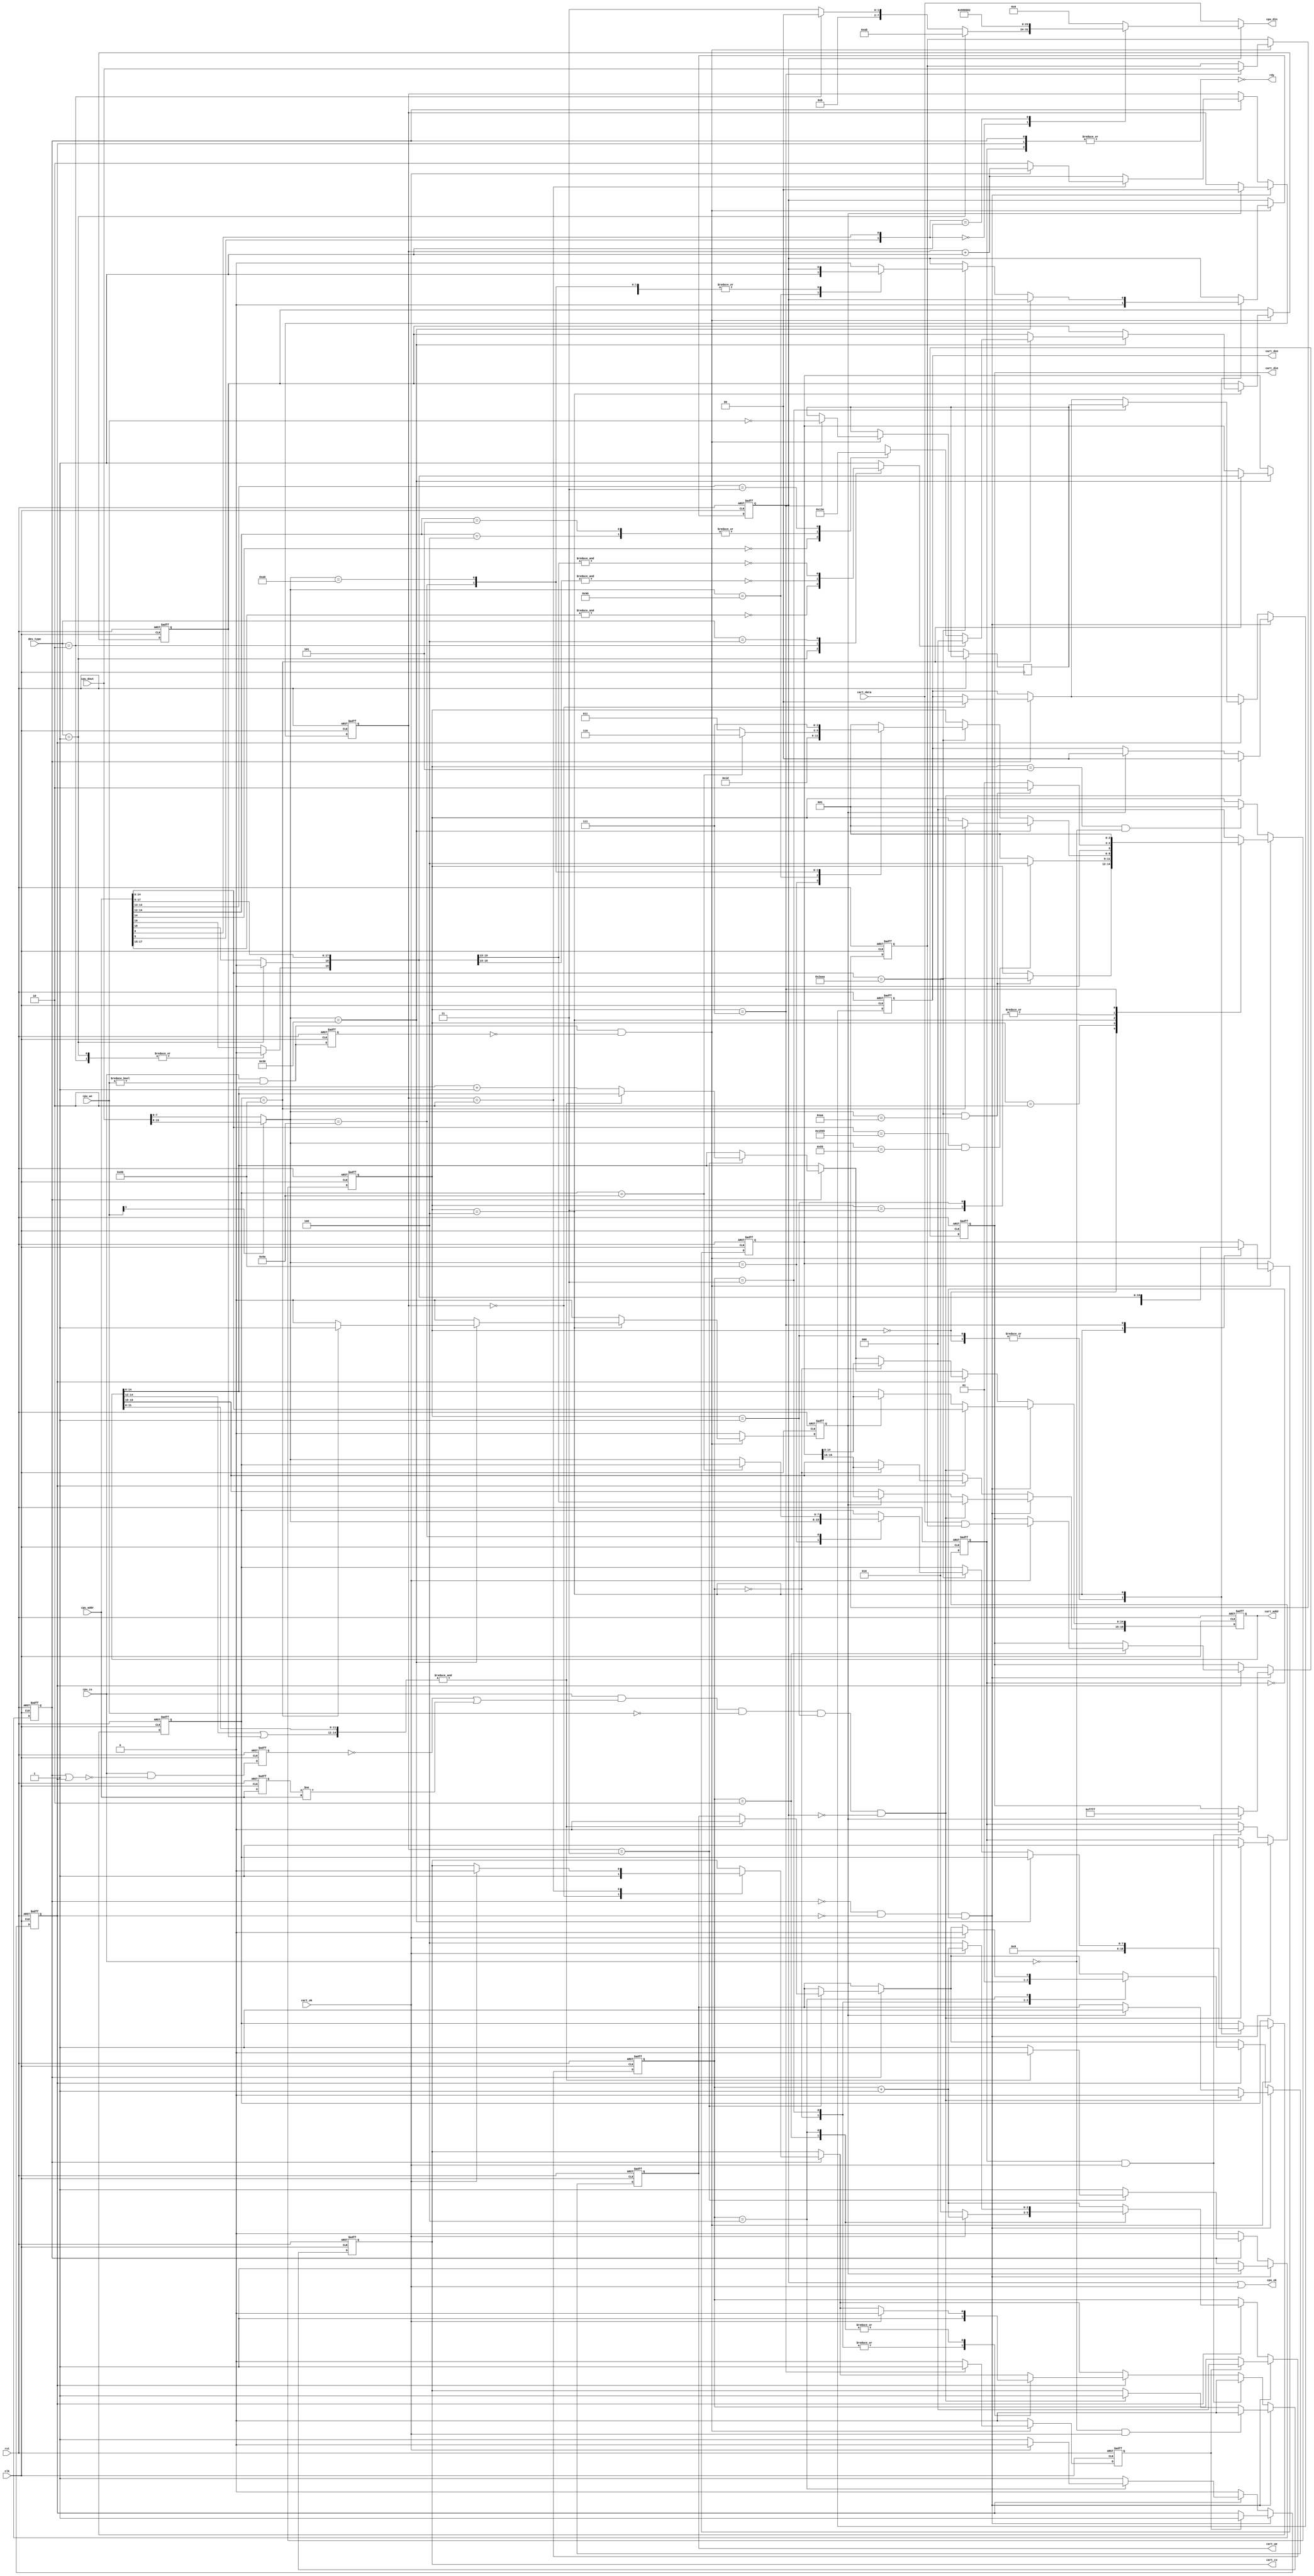
// This program was cloned from: https://github.com/jotego/jtcores
// License: GNU General Public License v3.0

/*  This file is part of JTCORES.
    JTCORES program is free software: you can redistribute it and/or modify
    it under the terms of the GNU General Public License as published by
    the Free Software Foundation, either version 3 of the License, or
    (at your option) any later version.

    JTCORES program is distributed in the hope that it will be useful,
    but WITHOUT ANY WARRANTY; without even the implied warranty of
    MERCHANTABILITY or FITNESS FOR A PARTICULAR PURPOSE.  See the
    GNU General Public License for more details.

    You should have received a copy of the GNU General Public License
    along with JTCORES.  If not, see <http://www.gnu.org/licenses/>.

    Author: Jose Tejada Gomez. Twitter: @topapate
    Version: 1.0
    Date: 17-5-2023 */

// the original flash has an 8-bit interface
// adapted here for 16 bits

module jtngp_flash(
    input             rst,
    input             clk,

    input      [ 2:0] dev_type, // see below
    // interface to CPU
    input      [20:1] cpu_addr,
    input             cpu_cs,
    input      [ 1:0] cpu_we,
    input      [15:0] cpu_dout,
    output     [15:0] cpu_din,
    output            rdy,      // rdy / ~bsy pin
    output            cpu_ok,   // read data available

    // interface to SDRAM
    output reg [20:1] cart_addr,
    output reg        cart_we,
    output reg        cart_cs,
    input             cart_ok,
    input      [15:0] cart_data,
    output reg [ 1:0] cart_dsn,
    output reg [15:0] cart_din
);

localparam [2:0] DEV_2F = 4, //   2 or 4 MB
                 DEV_2C = 2, //   1 MB
                 DEV_AB = 1; // <=512 kB

localparam [2:0] IDLE     = 0,
                 READ     = 1,
                 PROG1    = 2,
                 CMD      = 3,
                 PROG2    = 4,
                 PRERD    = 5,
                 PROTECT  = 6,
                 AUTOPROG = 7;

localparam [2:0] BA_64K = 3'b000,
                 BA_32K = 3'b100,
                 BA_16K = 3'b110,
                 BA_8K  = 3'b111;

reg  [ 2:0] st;
reg  [20:1] ba_addr, eff_addr, prog_ba, prog_addr;
reg  [ 2:0] ba_size, prog_size;
reg  [20:1] addr_l;
reg  [ 7:0] cmd;
reg  [15:0] id_data;
wire        cpu_cswe, cpu_csrd, we_edge, cs_edge;
reg         cswe_l, cs_l, id;
// cartridge access
reg  [ 1:0] erase_st, prog_dsn;
reg  [ 2:0] prog_st;
reg  [15:0] prog_data;
reg         erase_start, prog_start, erase_bsy, prog_bsy,
            ba_full, rd_bsy;
wire        last;
wire [ 7:0] dmux;

assign last = &{ cart_addr[15:13] | prog_size, cart_addr[12:1] };
assign cpu_din = id ? id_data : cart_data;
assign cpu_ok  = id | cart_ok;
assign cpu_cswe = cpu_cs && cpu_we!=0;
assign cpu_csrd = cpu_cs && cpu_we==0;
assign we_edge  = cpu_cswe && !cswe_l;
assign cs_edge  = cpu_cs && (!cs_l || addr_l!=cpu_addr);
assign rdy      = ~|{erase_bsy,prog_bsy,rd_bsy};
assign dmux     = cpu_we[1] ? cpu_dout[15:8] : cpu_dout[7:0];

always @* begin
    case( { cpu_addr[6], cpu_addr[1] } )
        0: id_data = { dev_type == DEV_AB ? 8'hAB :
                       dev_type == DEV_2C ? 8'h2C : 8'h2F, 8'h98 };
        1: id_data = 16'h80_02;
        default: id_data = 0; // protected/unprotected
        // 0: id_data = { dev_type == DEV_AB ? 8'hAB :
        //                dev_type == DEV_2C ? 8'h2C : 8'h2F,
        //                8'h98 }; // manufacturer ID
    endcase
end

always @* begin
    // gate unused bits depending on the memory type
    eff_addr = cpu_addr;
    case( dev_type )
        DEV_AB: eff_addr[20:19] = 0;
        DEV_2C: eff_addr[20]    = 0;
        default:;
    endcase
    // get the block starting address
    ba_addr = { eff_addr[20:13], 12'd0 };
    ba_size = BA_64K;
    case( dev_type )
        DEV_AB:  ba_full = ~&eff_addr[18:16];
        DEV_2C:  ba_full = ~&eff_addr[19:16];
        DEV_2F:  ba_full = ~&eff_addr[20:16];
        default: ba_full = 1;
    endcase

    if( ba_full ) begin
        ba_addr[15:13] = 0;
    end else begin
        casez(eff_addr[15:13])
            3'b0??: begin // 7_0000 ~ 7_7FFF
                ba_addr[14:13]=0;
                ba_size = BA_32K;
            end
            3'b100: begin // 7_8000 ~ 7_9FFF
                ba_size = BA_8K;
            end
            3'b101: begin // 7_A000 ~ 7_BFFF
                ba_size = BA_8K;
            end
            3'b11?: begin // 7_C000 ~ 7_FFFF
                ba_addr[13]=0;
                ba_size = BA_16K;
            end
        endcase
    end
end

`ifdef SIMULATION
reg cart_wel;

always @(posedge clk) begin
    cart_wel <= cart_we;
    if( cart_we && !cart_wel ) $display("Flash written to");
end
`endif

always @(posedge clk, posedge rst ) begin
    if( rst ) begin
        cart_addr <= 0;
        cart_cs   <= 0;
        cart_din  <= 0;
        cart_dsn  <= 0;
        cart_we   <= 0;
        erase_bsy <= 0;
        erase_st  <= 0;
        prog_bsy  <= 0;
        prog_st   <= 0;
        rd_bsy    <= 0;
    end else begin
        if( !erase_bsy && !prog_bsy && !rd_bsy ) begin
            if( erase_start ) begin
                erase_bsy <= 1;
                cart_addr <= prog_addr;
                cart_din  <= 16'hffff;
                cart_we   <= 1;
                cart_dsn  <= 0;
                erase_st  <= 0;
            end
            if( prog_start ) begin
                prog_bsy <= 1;
                prog_st  <= 0;
            end
            // only reads we at the cs edge! if we changes later
            // it would have already issued a cartridge read.
            // Address changes while cs is high will re-issue cart_cs
            if( cs_edge && cpu_we==0 && st==READ && !id ) begin // will cpu_we go high after cpu_cs? It could cause an unnecessary read
                cart_addr <= eff_addr;
                cart_dsn  <= 0;
                rd_bsy    <= 1;
                { cart_we, cart_cs } <= 2'b01;
            end
            if( !cpu_cs && cart_ok ) cart_cs <= 0;
        end else begin
            if( erase_bsy ) begin
                erase_st <= erase_st + 1'd1;
                case( erase_st )
                    0: { cart_dsn, cart_cs } <= 3'b001;
                    2: if( !cart_ok ) erase_st <= 2; else cart_cs <= 0;
                    3: if( last ) { cart_we, erase_bsy } <= 0; else cart_addr[15:1] <= cart_addr[15:1] + 15'd1;
                endcase
            end
            if( prog_bsy ) begin
                prog_st <= prog_st + 1'd1;
                case( prog_st )
                    0: { cart_addr, cart_we, cart_cs } <= { prog_addr, 2'b01 };
                    2: if( !cart_ok ) prog_st <= 2; else begin cart_cs <= 0; cart_din <= cart_data & prog_data; end
                    3: { cart_dsn, cart_we, cart_cs } <= { prog_dsn, 2'b11 };
                    4: if( !cart_ok ) prog_st <= 4; else { prog_bsy, cart_we, cart_cs } <= 0;
                endcase
            end
            if( rd_bsy && cart_ok ) { rd_bsy, cart_cs } <= 0;
        end
    end
end

always @(posedge clk, posedge rst) begin
    if( rst ) begin
        addr_l      <= 0;
        cmd         <= 0;
        cs_l        <= 0;
        cswe_l      <= 0;
        erase_start <= 0;
        id          <= 0;
        prog_addr   <= 0;
        prog_ba     <= 0;
        prog_data   <= 0;
        prog_size   <= 0;
        prog_start  <= 0;
        st          <= READ;
    end else begin
        erase_start <= 0;
        prog_start  <= 0;
        cswe_l      <= cpu_cswe;
        cs_l        <= cpu_cs & ~(erase_bsy|prog_bsy);
        addr_l      <= cpu_addr;

        if( we_edge ) begin
            case( st )
                IDLE: begin
                    if( cpu_addr[15:1]==15'h5555>>1 && dmux=='haa ) st <= PROG1;
                    id  <= 0;
                    cmd <= 0;
                end
                READ: begin
                    st  <= cpu_addr[15:1]==15'h5555>>1 && dmux=='haa ? PROG1 : READ;
                    id  <= 0;
                    cmd <= 0;
                end
                PROG1: begin
                    st <= cpu_addr[15:1]==15'h2aaa>>1 && dmux=='h55 ? PROG2 : READ;
                end
                PROG2: begin
                    if( dmux=='h30 ) begin
                        if( cmd=='h80 ) begin
                            prog_ba     <= ba_addr;
                            prog_size   <= ba_size;
                            prog_addr   <= eff_addr;
                            erase_start <= 1;   // auto erase
                            st          <= READ;
                        end
                    end else if( cpu_addr[15:1]==15'h5555>>1 ) begin
                        case( dmux )
                            8'h80: begin
                                cmd <= dmux;
                                st  <= CMD;
                            end
                            8'h90: begin // ID read
                                st <= PRERD;
                                id <= 1;
                            end
                            8'h9a: begin
                                if( cmd==8'h9A ) begin
                                    st <= PROTECT; // ignored
                                end else begin
                                    cmd <= dmux;
                                    st <= CMD;
                                end
                            end
                            8'ha0: begin
                                st <= AUTOPROG;
                            end
                            default: begin
                                st <= READ;
                                id <= 0;
                            end
                        endcase
                    end
                end
                CMD: begin
                    st <= cpu_addr[15:1]==15'h5555>>1 && dmux=='haa ? PROG1 : READ;
                end
                AUTOPROG: begin
                    // read data first and apply a logic and to only program
                    // bits set to zero
                    prog_addr  <= eff_addr;
                    prog_data  <= cpu_dout;
                    prog_dsn   <= ~cpu_we;
                    prog_start <= 1;
                    st         <= READ;
                end
                default: begin
                    st <= IDLE;
                end
            endcase
        end else if( st==PRERD && !cpu_cs ) st <= READ;
    end
end

endmodule